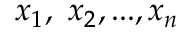
x _ { 1 } , \ x _ { 2 } , . . . , x _ { n }